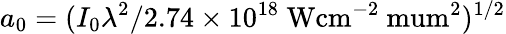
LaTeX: a_{0}=(I_{0}\lambda^{2}/2.74\times 10^{18}\mathrm{~Wcm^{-2}\ mum^{2})^{1/2}}